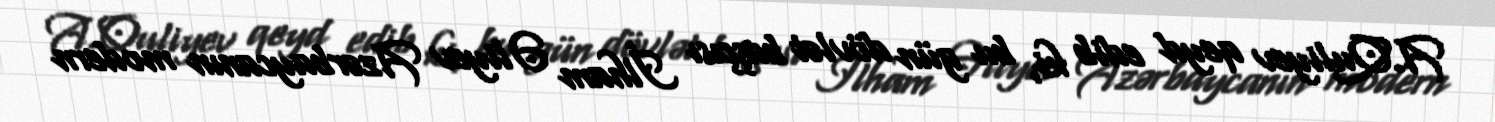
A.Quliyev qeyd edib ki, bu gün dövlət başçısı İlham Əliyev Azərbaycanın modern